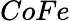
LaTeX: CoFe